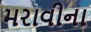
મરાવીના